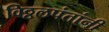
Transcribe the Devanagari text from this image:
विठ्ठलपंतांनी